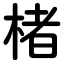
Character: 楮